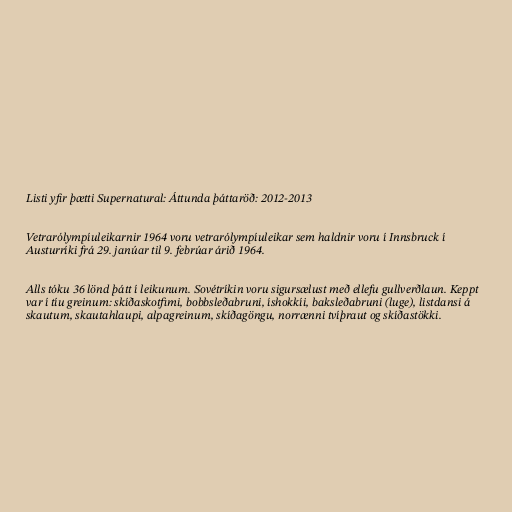
Listi yfir þætti Supernatural: Áttunda þáttaröð: 2012-2013

Vetrarólympíuleikarnir 1964 voru vetrarólympíuleikar sem haldnir voru í Innsbruck í
Austurríki frá 29. janúar til 9. febrúar árið 1964.

Alls tóku 36 lönd þátt í leikunum. Sovétríkin voru sigursælust með ellefu gullverðlaun. Keppt
var í tíu greinum: skíðaskotfimi, bobbsleðabruni, íshokkíi, baksleðabruni (luge), listdansi á
skautum, skautahlaupi, alpagreinum, skíðagöngu, norrænni tvíþraut og skíðastökki.